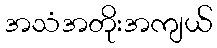
အသံအတိုးအကျယ်